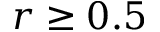
r \geq 0 . 5